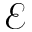
\mathcal { E }